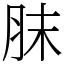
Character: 䏞